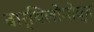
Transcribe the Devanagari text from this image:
बार्थिलोमोव्ह